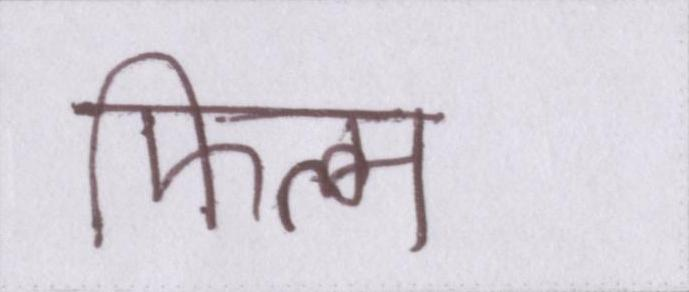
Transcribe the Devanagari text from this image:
फिल्म